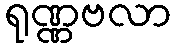
ရုဏ္ဏဗလာ